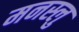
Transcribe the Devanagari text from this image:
मनस्लु